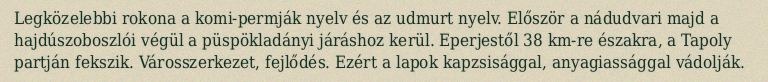
Legközelebbi rokona a komi-permják nyelv és az udmurt nyelv. Először a nádudvari majd a hajdúszoboszlói végül a püspökladányi járáshoz kerül. Eperjestől 38 km-re északra, a Tapoly partján fekszik. Városszerkezet, fejlődés. Ezért a lapok kapzsisággal, anyagiassággal vádolják.